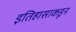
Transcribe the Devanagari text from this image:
इतिहासाकडून